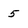
Character: 5